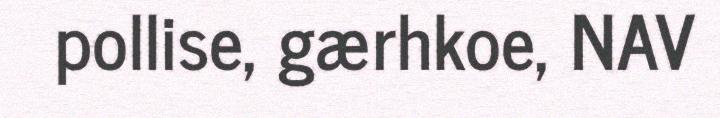
pollise, gærhkoe, NAV